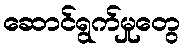
ဆောင်ရွက်မှုတွေ